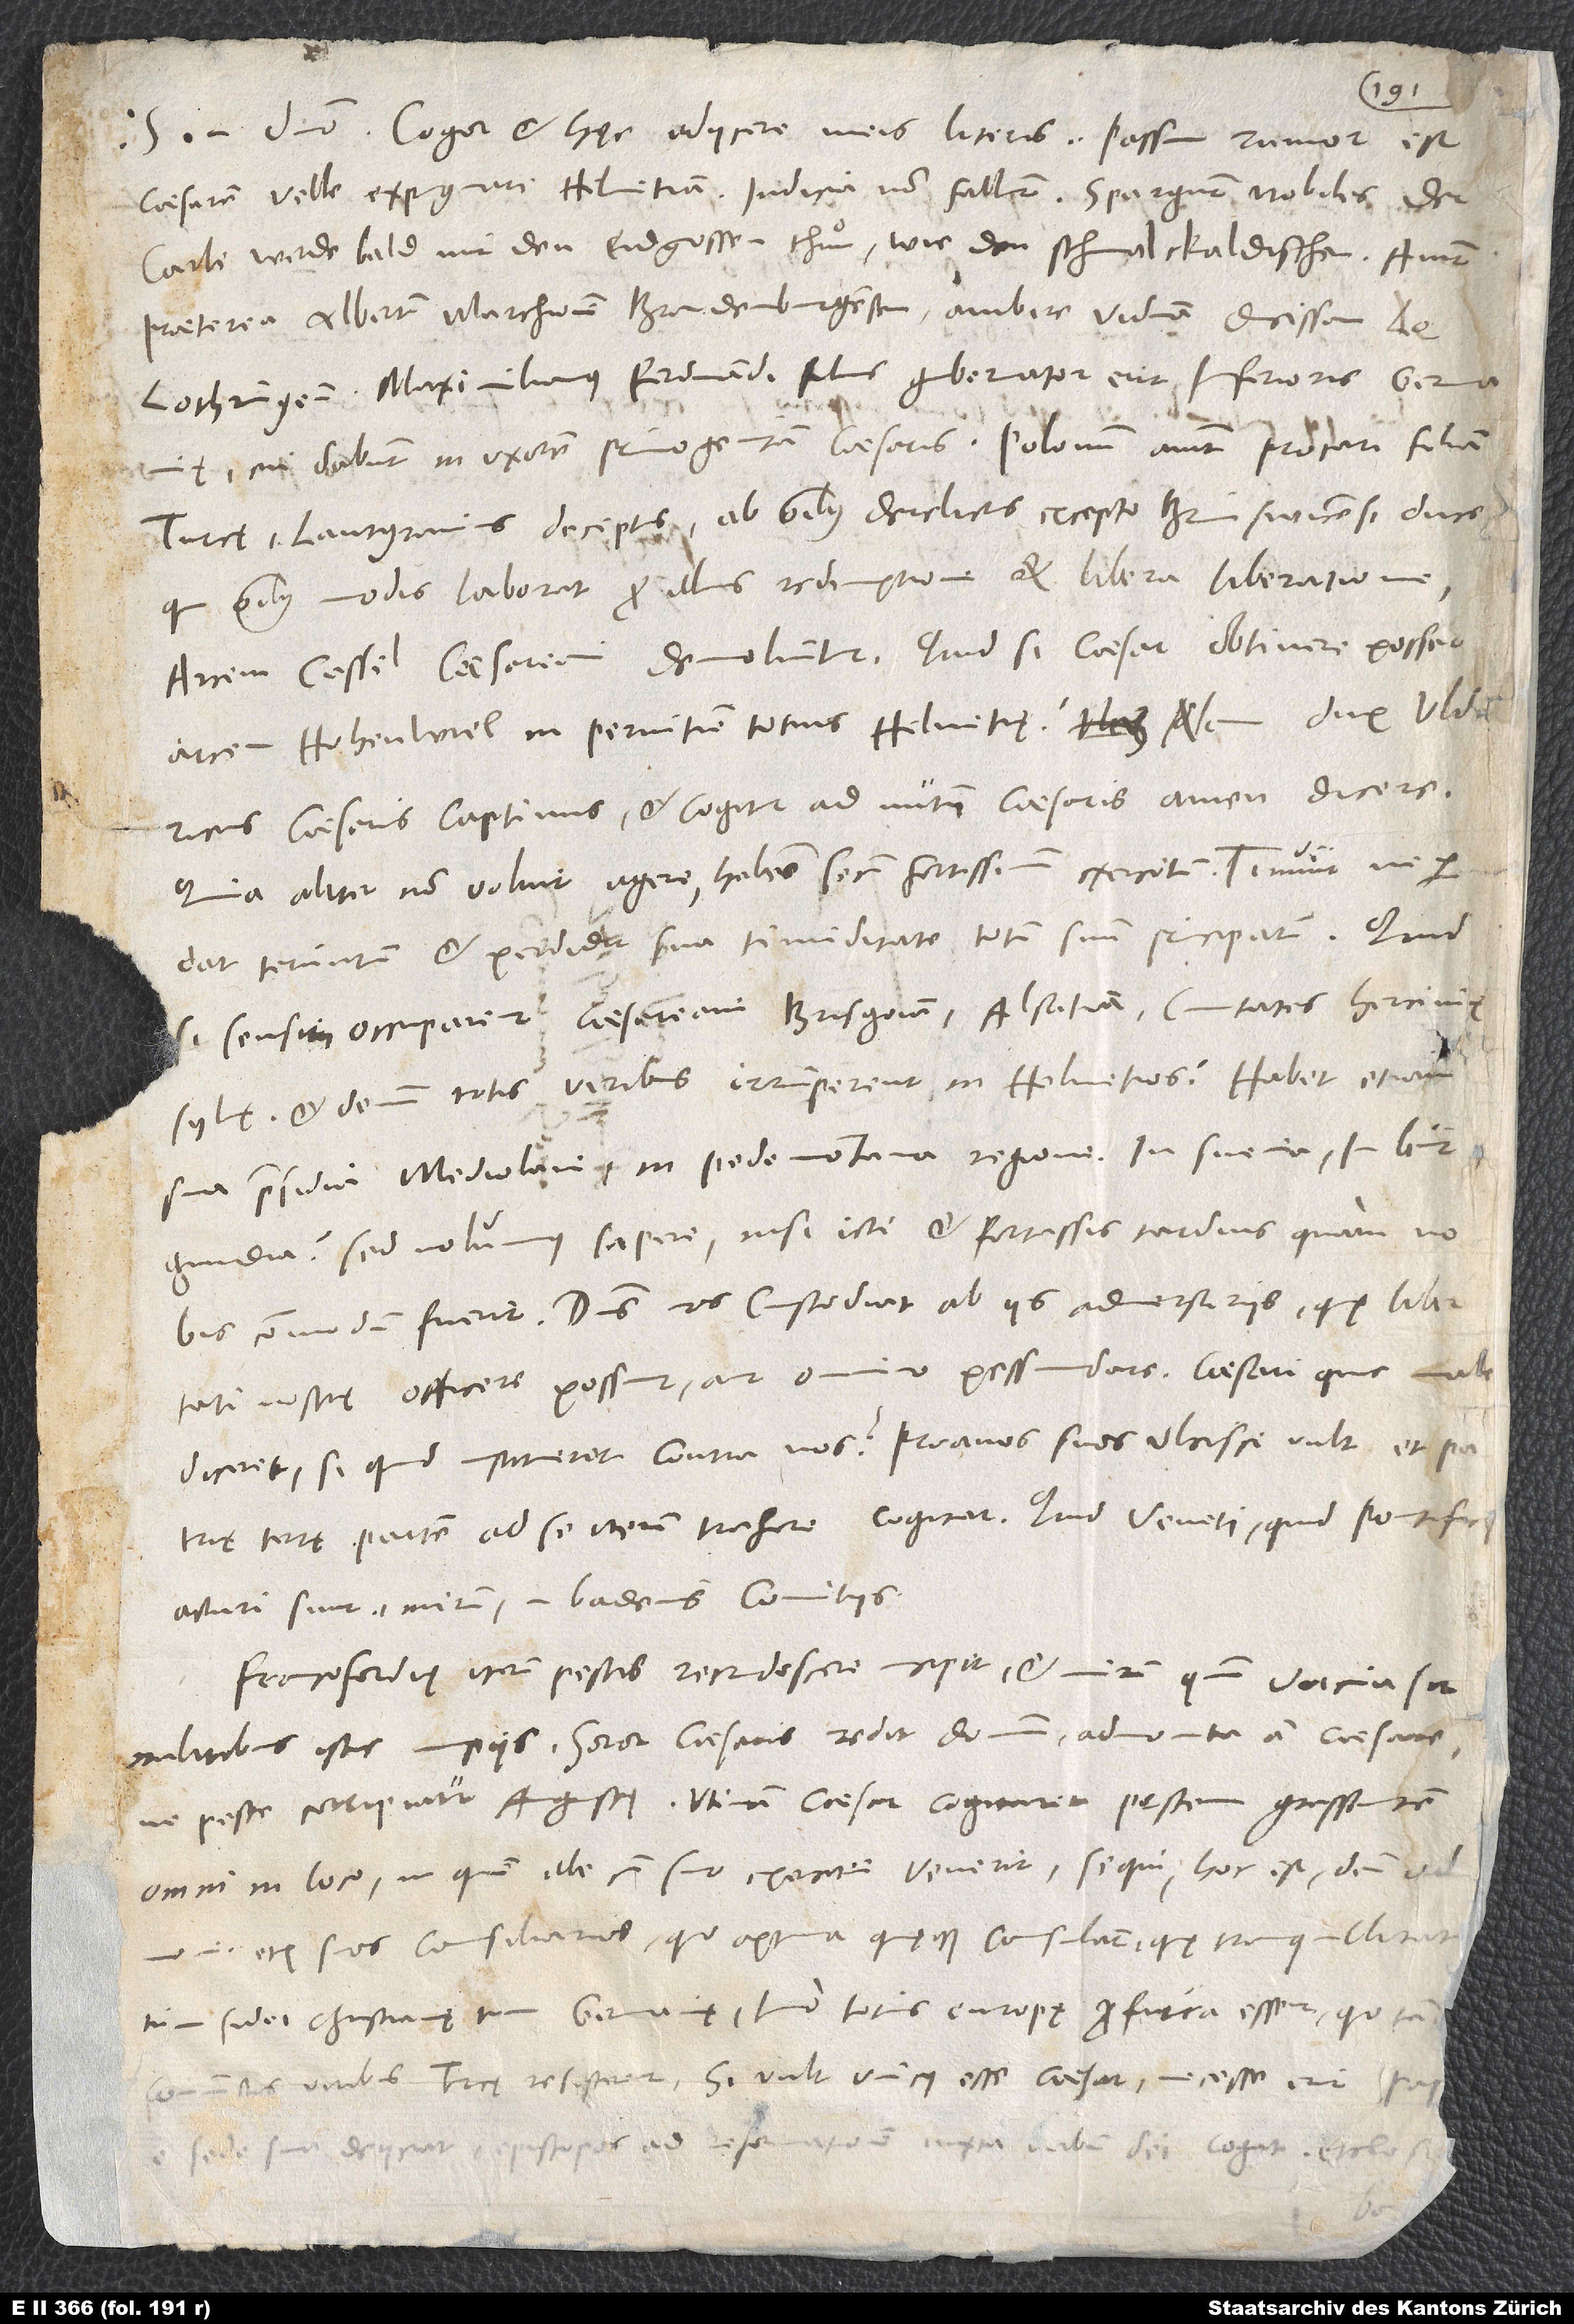
S. in domino. Cogor et hęc adiicere meis literis: Passim rumor est
caesarem velle expugnare Helvetiam. Indicia non fallunt. Spargunt nobiles, der
Carle werde bald mit den eidgnossen thuͦn wie den Schmalckaldischen.
praeterea Albertum, marchionem Brandenburgensem, ambire viduam ducissam
Lothringensem. Maximilianus, Ferdinandi filius, gubernator erit Inferioris Germanię,
cui dabunt in uxorem primogenitam caesaris. Polonum aiunt procari filiam
Turcę. Lantgravius deceptus ab omnibus derelictus excepto Brunswicensi duce,
qui omnibus modis laborat pro illius redemptione et libera liberatione.
arcem Hohenwiel in perniciem totius Helvetie? Nam dux Ulricus
caesaris captivus et cogitur ad nutum caesaris amen dicere,
quia aliter non voluit agere, habens secum fortissimum exercitum. Timuit, ne perdat
certatum, et perdidit sua timiditate totum suum principatum! Quid,
si sensim occuparent caesareani Brisgoiam, Alsatiam, civitates Hercinię
Sylvę, et demum totis viribus irrumperent in Helvetios? Habet etiam
sua praesidia Mediolani, in Pedemontana regione, in Suevia, in
Burgundia. Sed nolumus sapere nisi icti, et fortassis tardius quam nobis
commodum fuerit. Dominus nos custodiat ab iis adversariis, quę libertati
nostrę officere possunt aut omnino pessundare. Caesari quis malediceret,
si quid institueret contra nos? Proavos suos ulcisci vult et patrię
acturi sunt, mirum, in Badenis comitiis.
Francofordię iterum pestis recrudescere incipit, et mirum, quum vacua sit
ne peste corripiatur Augustę. Utinam caesar cogitaret pestem grassantem
omni in loco, in quem ille cum suo exercitu venerit, sequi, hoc est, dein admonere
etiam suos consiliarios, quo optima quęque consulant, quę tranquillitat